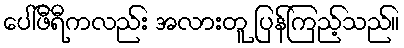
ပေါ်ဖီရီကလည်း အလားတူ ပြန်ကြည့်သည်။